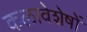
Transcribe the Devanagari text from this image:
कलावेशेषों